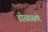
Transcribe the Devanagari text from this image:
डोळासणे